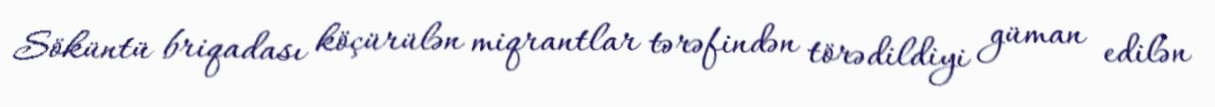
Söküntü briqadası köçürülən miqrantlar tərəfindən törədildiyi güman edilən